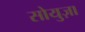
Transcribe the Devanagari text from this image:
सोयुज़ा